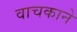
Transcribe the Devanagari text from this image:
वाचकाने